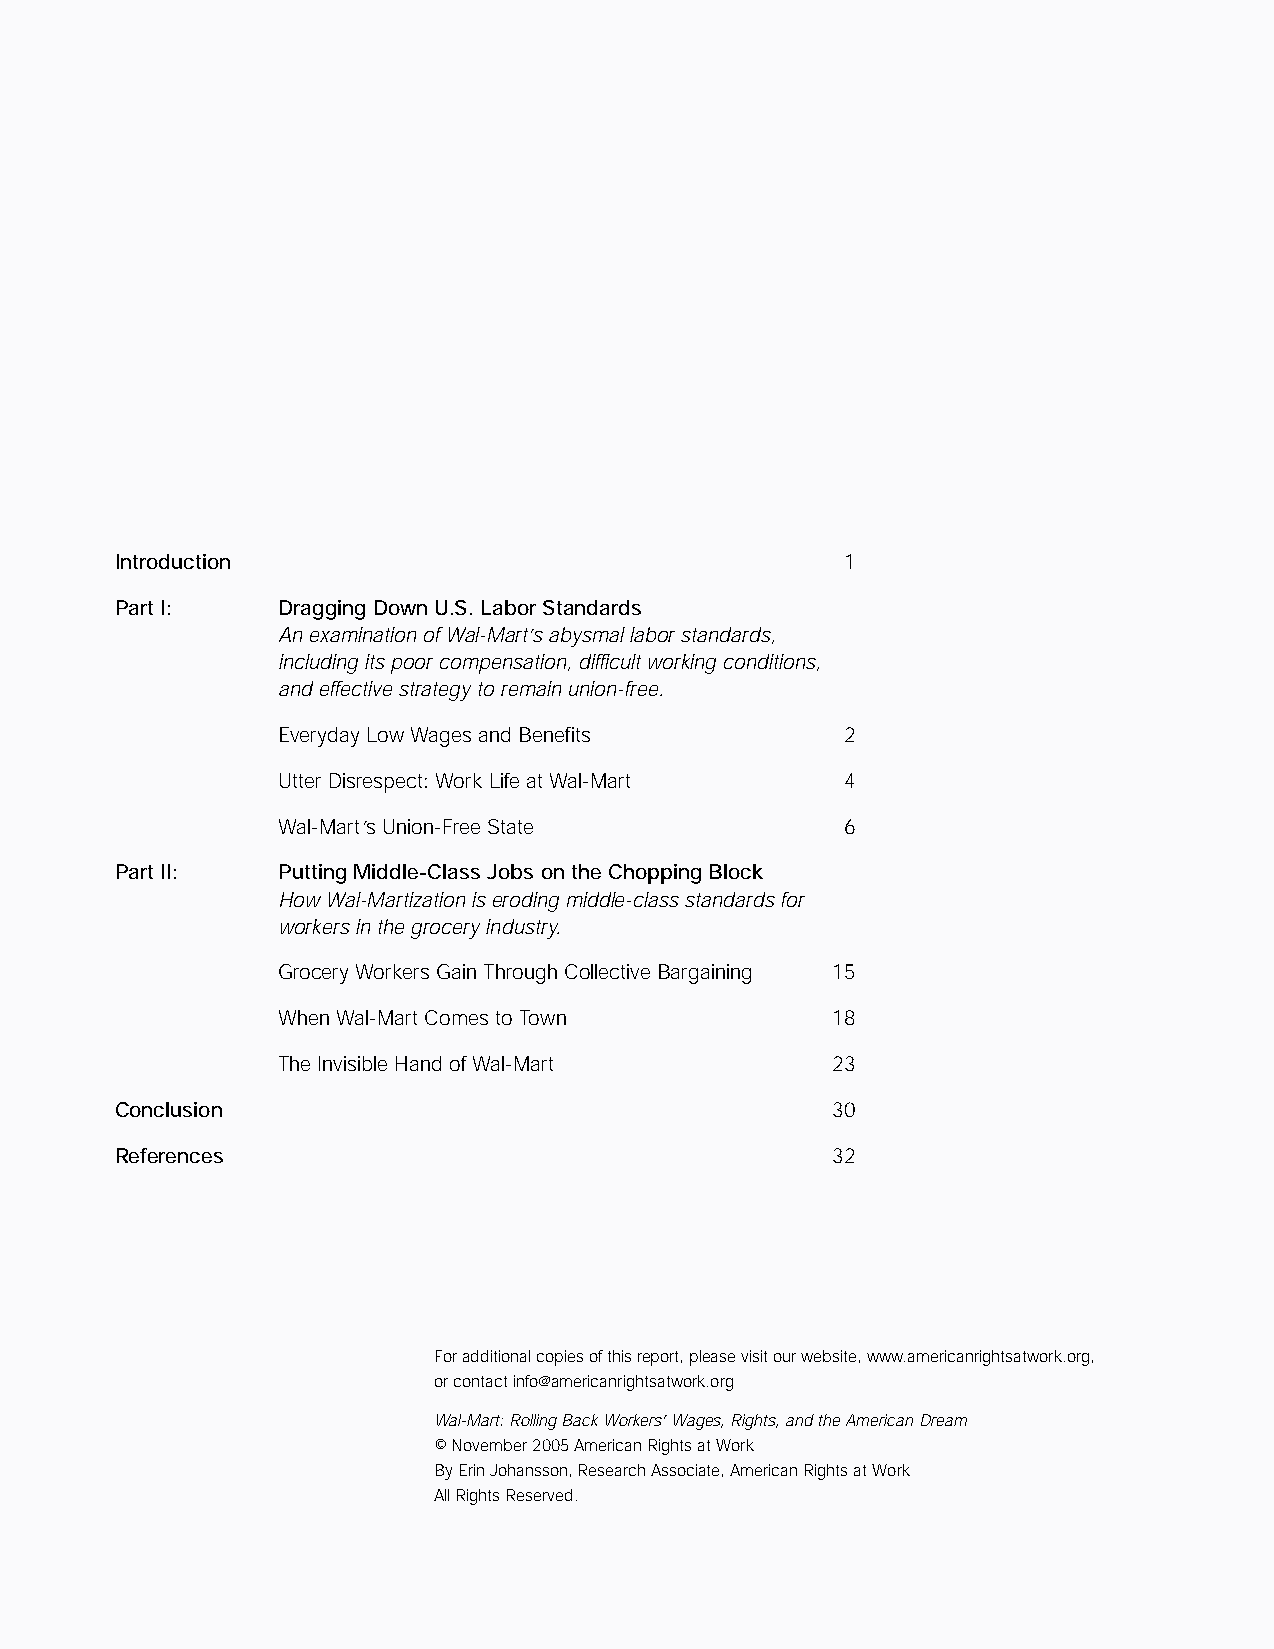
inside2.qxd 11/8/2005 11:16 AM Page 2
 Table       of   Contents
 Introduction                                    1
 Part I:    Dragging Down U.S. Labor Standards
 An examination of Wal-Mart’s abysmal labor standards,
 including its poor compensation, difficult working conditions,
 and effective strategy to remain union-free.
 Everyday Low Wages and Benefits      2
 Utter Disrespect: Work Life at Wal-Mart 4
 Wal-Mart’s Union-Free State          6
 Part II:   Putting Middle-Class Jobs on the Chopping Block
 How Wal-Martization is eroding middle-class standards for
 workers in the grocery industry.
 Grocery Workers Gain Through Collective Bargaining 15
 When Wal-Mart Comes to Town         18
 The Invisible Hand of Wal-Mart      23
 Conclusion                                     30
 References                                     32
 For additional copies of this report, please visit our website, www.americanrightsatwork.org,
 or contact info@americanrightsatwork.org
 Wal-Mart: Rolling Back Workers’ Wages, Rights, and the American Dream
 © November 2005 American Rights at Work
 By Erin Johansson, Research Associate, American Rights at Work
 All Rights Reserved.